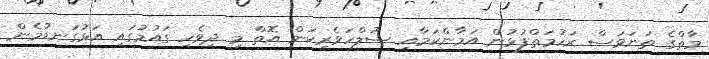
މާތްގެ ތަނަވަސް ރަހުމަތްފުޅުން އަމާންކަމާއި ސުލްހަވެރިކަން އޮތް މި ދިވެހި ގައުމުގައި އަޅުގަނޑުމެން